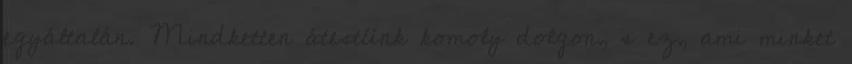
egyáltalán. Mindketten átestünk komoly dolgon, s ez, ami minket